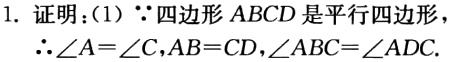
1. 证明：(1) $\because$ 四边形 $ABCD$ 是平行四边形，

$\therefore\angle A = \angle C,AB = CD,\angle ABC=\angle ADC.$